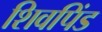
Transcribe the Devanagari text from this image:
शिवपिंड